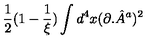
\frac { 1 } { 2 } ( 1 - \frac { 1 } { \xi } ) \int d ^ { 4 } x ( \partial . { \hat { A } } ^ { a } ) ^ { 2 }